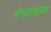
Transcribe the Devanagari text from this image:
मंत्रालया